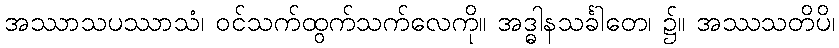
အဿာသပဿာသံ၊ ဝင်သက်ထွက်သက်လေကို။ အဒ္ဓါနသင်္ခါတေ၊ ၌။ အဿသတိပိ၊